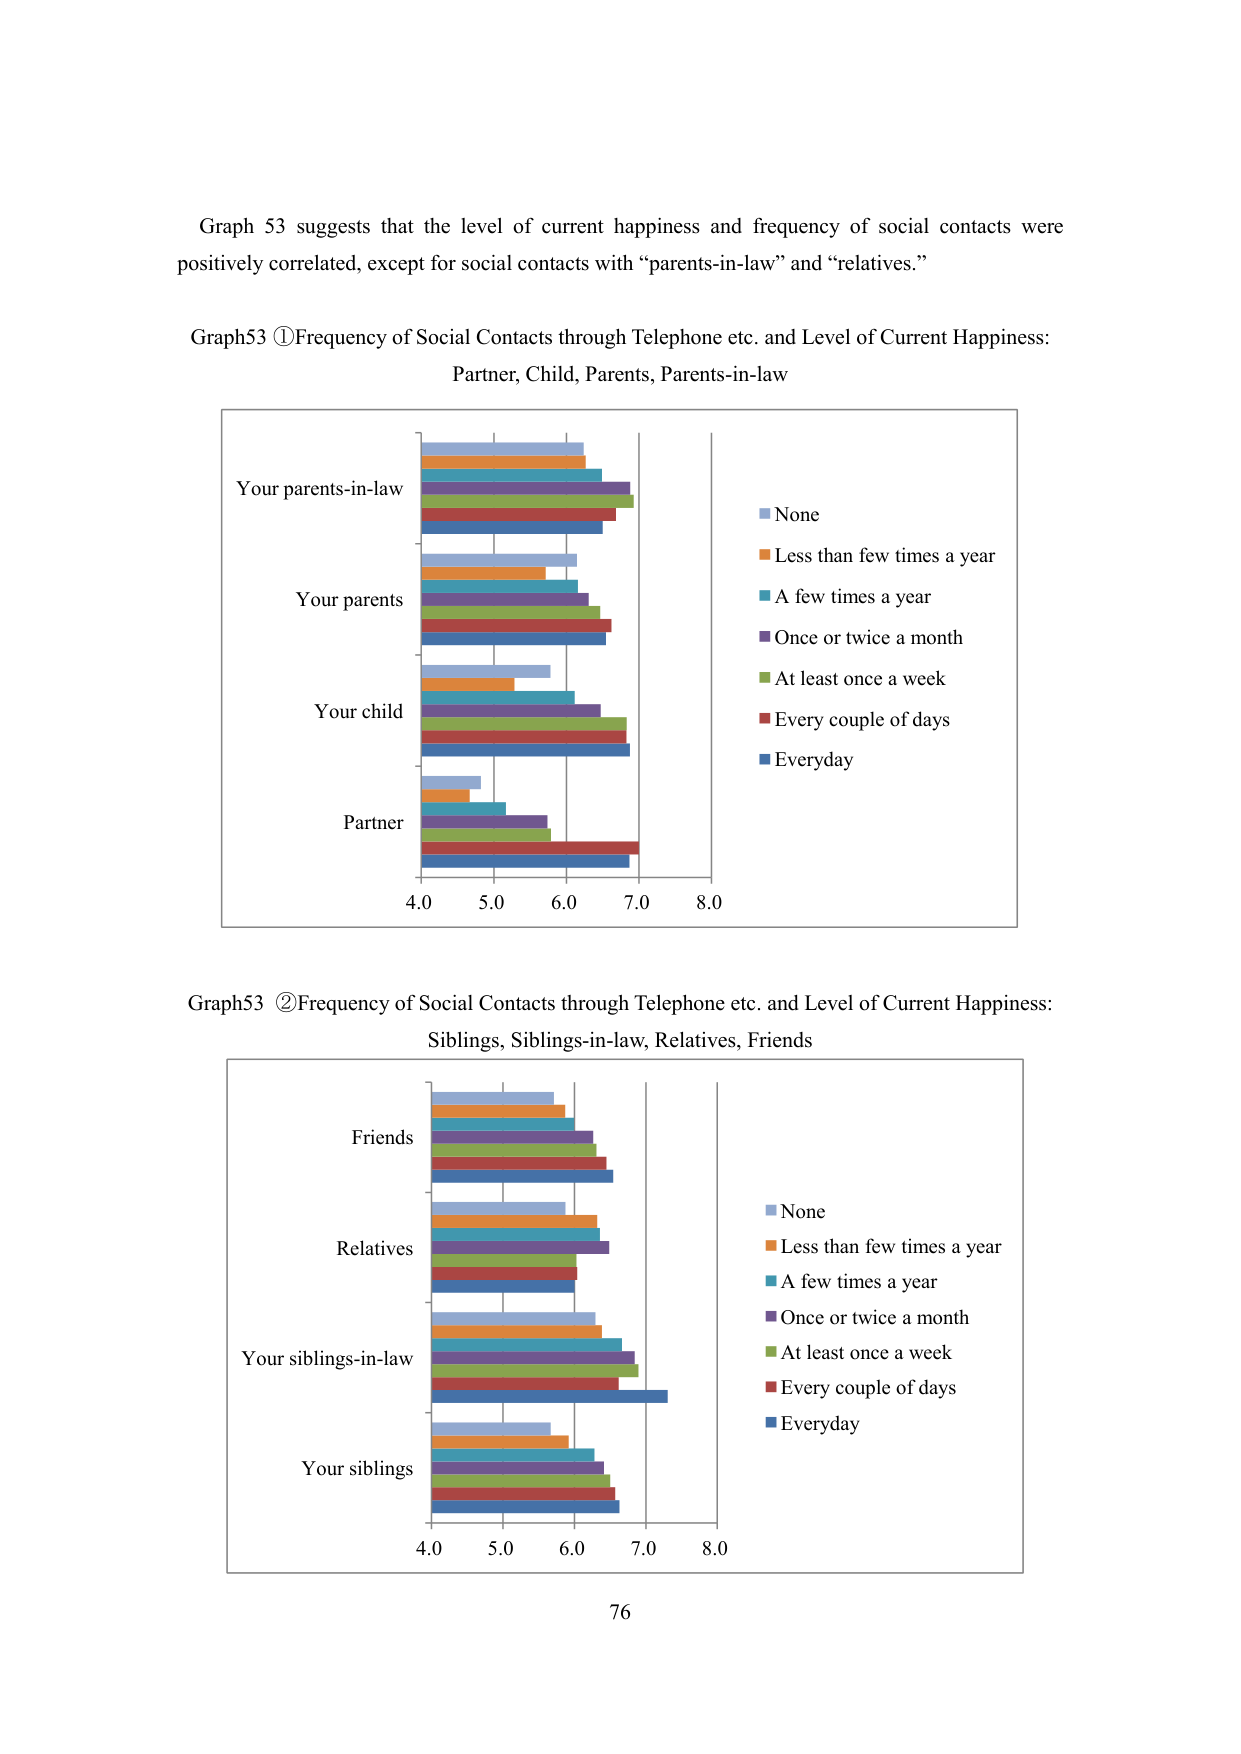
Graph 53 suggests that the level of current happiness and frequency of social contacts were positively correlated, except for social contacts with “parents-in-law” and “relatives.”

Graph53 ①Frequency of Social Contacts through Telephone etc. and Level of Current Happiness: Partner, Child, Parents, Parents-in-law

Your parents-in-law
Your parents
Your child
Partner

4.0 5.0 6.0 7.0 8.0

None
Less than few times a year
A few times a year
Once or twice a month
At least once a week
Every couple of days
Everyday

Graph53 ②Frequency of Social Contacts through Telephone etc. and Level of Current Happiness: Siblings, Siblings-in-law, Relatives, Friends

Friends
Relatives
Your siblings-in-law
Your siblings

4.0 5.0 6.0 7.0 8.0

None
Less than few times a year
A few times a year
Once or twice a month
At least once a week
Every couple of days
Everyday

76